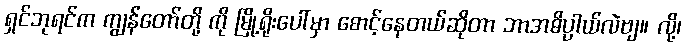
ရှင်ဘုရင်က ကျွန်တော်တို့ ကို မြို့ရိုးပေါ်မှာ စောင့်နေတယ်ဆိုတာ ဘာအဓိပ္ပါယ်လဲဗျ။ လို့၊